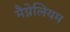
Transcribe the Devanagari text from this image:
मैग्नेलियम